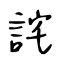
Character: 詫